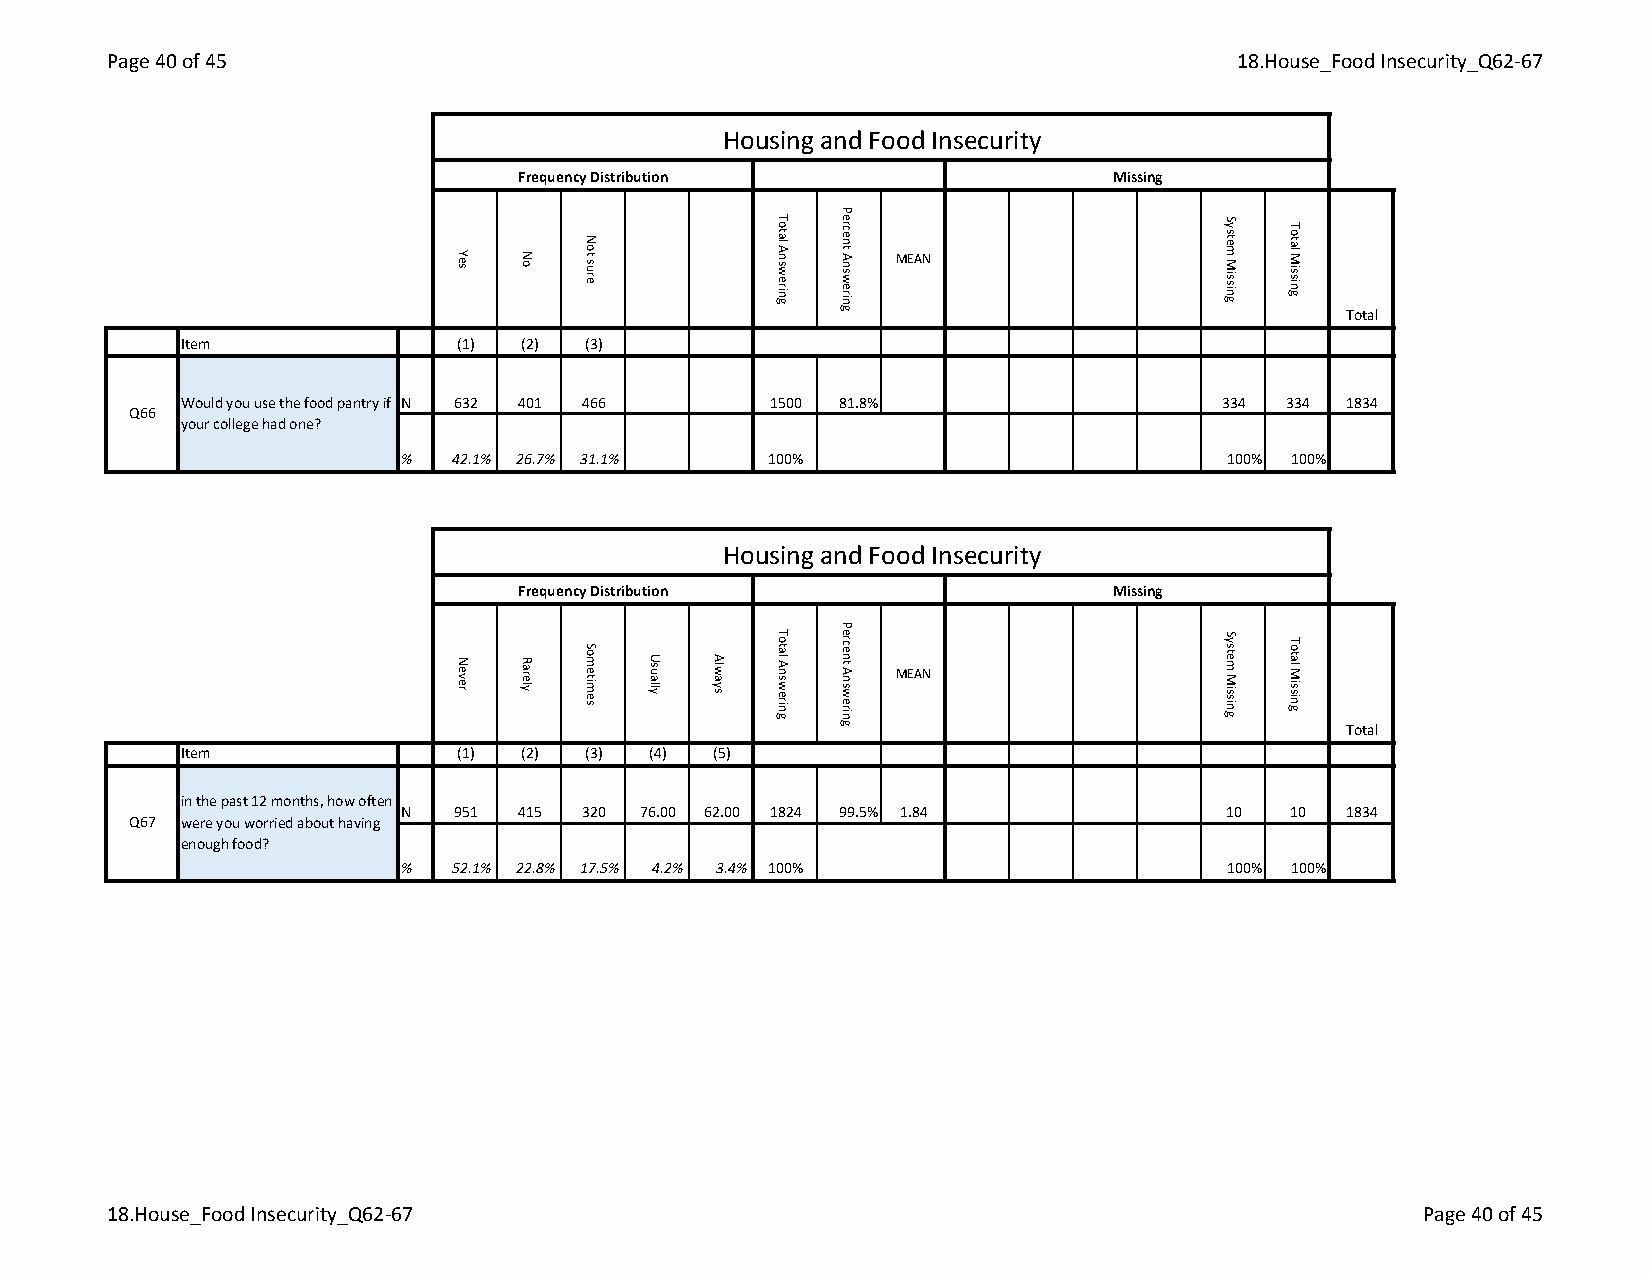
Page 40 of 45                                                             18.House_Food Insecurity_Q62-67
 Housing and Food Insecurity
 Frequency Distribution                 Missing
 MEAN
 Total
 Item              (1) (2) (3)
 Would you use the food pantry if N 632 401 466 1500 81.8%            334 334 1834
 Q66
 your college had one?
 %   42.1% 26.7% 31.1%   100%                           100% 100%
 Housing and Food Insecurity
 Frequency Distribution                 Missing
 MEAN
 Total
 Item              (1) (2) (3)  (4) (5)
 in the past 12 months, how often
 N   951 415 320 76.00 62.00 1824 99.5% 1.84            10  10  1834
 Q67 were you worried about having
 enough food?
 %   52.1% 22.8% 17.5% 4.2% 3.4% 100%                   100% 100%
 18.House_Food Insecurity_Q62-67                                                        Page 40 of 45
 Yes
 Never
 No
 Rarely
 Not
 sure
 Sometimes
 Usually Always
 Total
 Answering
 Total
 Answering
 Percent
 Answering
 Percent
 Answering
 System
 Missing
 System
 Missing
 Total
 Missing
 Total
 Missing